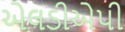
એલડીએપી